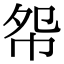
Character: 㠾